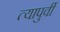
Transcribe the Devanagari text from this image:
त्यापुर्वी